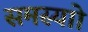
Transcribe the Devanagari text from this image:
समस्याो